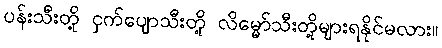
ပန်းသီးတို့ ငှက်ပျောသီးတို့ လိမ္မော်သီးတို့များရနိုင်မလား။